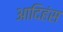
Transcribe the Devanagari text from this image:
आदिहंस